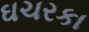
ઘચરકા